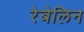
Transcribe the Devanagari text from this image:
रेबेलिन